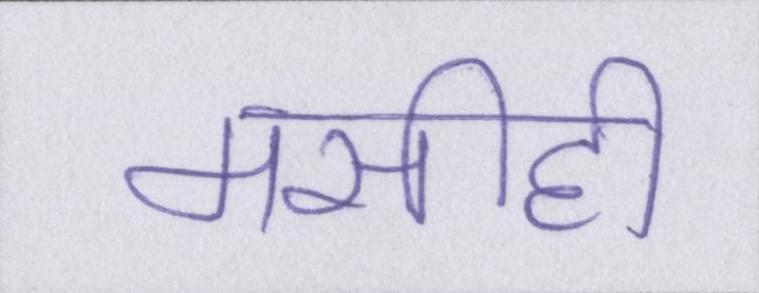
मसीही